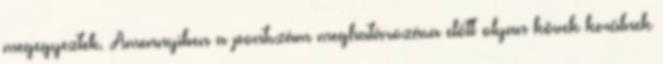
megegyeztek. Amennyiben a pontszám meghatározása előtt olyan kövek kerülnek